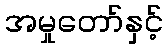
အမှုတော်နှင့်